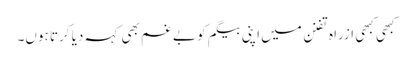
کبھی کبھی ازراہ تفنن میں اپنی بیگم کو بے غم بھی کہہ دیا کرتا ہوں۔